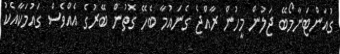
ގުއަންޓަނާމޯބޭ ޖަލުން މީހުން ރާއްޖެ ގެނައުމާ ބެހޭ ގޮތުން ބޭރުގެ އެއްވެސް ގައުމަކާއެކު